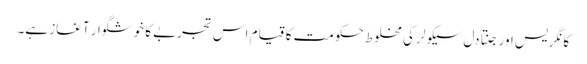
کانگریس اور جنتادل سیکولر کی مخلوط حکومت کا قیام اس تجربے کا خوشگوار آغاز ہے۔